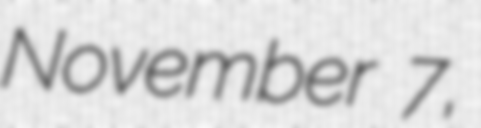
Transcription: November 7,